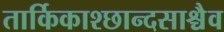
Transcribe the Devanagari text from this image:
तार्किकाश्छान्दसाश्चैव